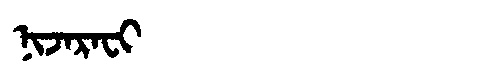
Manchu: ᠨᡳᠵᠠᡵᠠᠸᡳ
Romanization: NIJARAFI